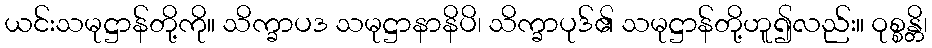
ယင်းသမုဋ္ဌာန်တို့ကို။ သိက္ခာပဒ သမုဋ္ဌာနာနိပိ၊ သိက္ခာပုဒ်၏ သမုဋ္ဌာန်တို့ဟူ၍လည်း။ ဝုစ္စန္တိ၊